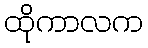
ထိုကာလက